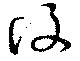
復